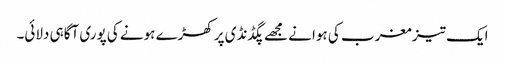
ایک تیز مغرب کی ہوا نے مجھے پگڈنڈی پر کھڑے ہونے کی پوری آگاہی دلائی۔